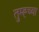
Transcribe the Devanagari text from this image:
तुम्ह्च्या